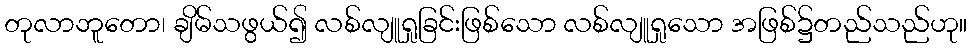
တုလာဘူတော၊ ချိမ်သဖွယ်၍ လစ်လျူရှုခြင်းဖြစ်သော လစ်လျူရှုသော အဖြစ်၌တည်သည်ဟု။